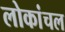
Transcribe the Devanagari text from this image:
लोकांचल